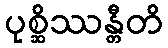
ပုစ္ဆိဿန္တီတိ